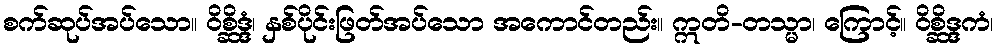
စက်ဆုပ်အပ်သော။ ဝိစ္ဆိဒ္ဒံ၊ နှစ်ပိုင်းဖြတ်အပ်သော အကောင်တည်း။ ဣတိ-တသ္မာ၊ ကြောင့်။ ဝိစ္ဆိဒ္ဒကံ၊